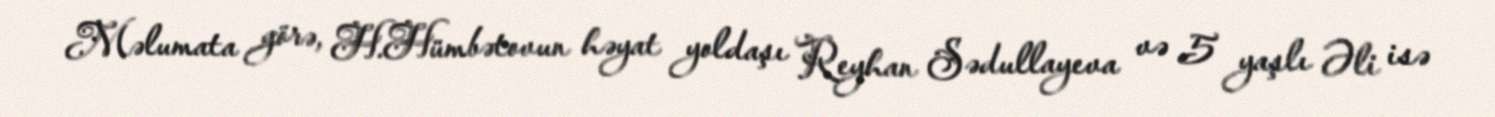
Məlumata görə, H.Hümbətovun həyat yoldaşı Reyhan Sədullayeva və 5 yaşlı Əli isə